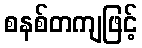
စနစ်တကျဖြင့်